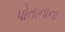
પોતાનાના